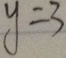
y = 3